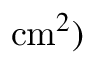
\mathrm { c m } ^ { 2 } )